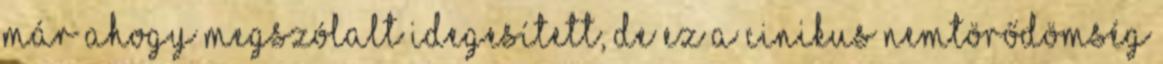
már ahogy megszólalt idegesített, de ez a cinikus nemtörődömség